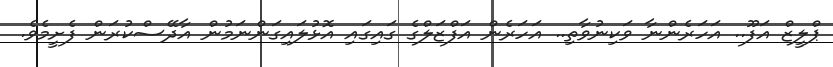
ޕްލީޒް އަފޫ.. އަހަރެންނާ ވަކިނުވާތި.. އަހަރެން އަފްޒަލްގެ ގައިގައި އޮޅުލައިގަންނަމުން އާދޭސްކުރަން ފެށީމެވެ.